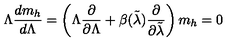
\Lambda \frac { d m _ { h } } { d \Lambda } = \left( \Lambda \frac { \partial } { \partial \Lambda } + \beta ( \tilde { \lambda } ) \frac { \partial } { \partial \tilde { \lambda } } \right) m _ { h } = 0